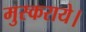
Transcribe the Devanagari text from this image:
मुस्कराये।